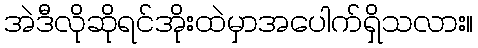
အဲဒီလိုဆိုရင်အိုးထဲမှာအပေါက်ရှိသလား။